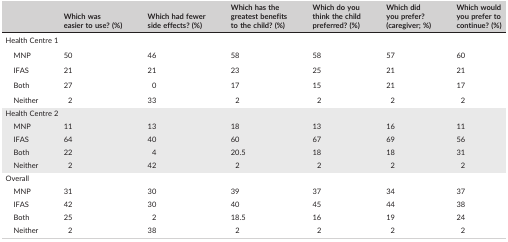
<table><thead><tr><td></td><td><b>Which was easier to use? (%)</b></td><td><b>Which had fewer side effects? (%)</b></td><td><b>Which has the greatest benefits to the child? (%)</b></td><td><b>Which do you think the child preferred? (%)</b></td><td><b>Which did you prefer? (caregiver; %)</b></td><td><b>Which would you prefer to continue? (%)</b></td></tr></thead><tbody><tr><td colspan="7">Health Centre 1</td></tr><tr><td>MNP</td><td>50</td><td>46</td><td>58</td><td>58</td><td>57</td><td>60</td></tr><tr><td>IFAS</td><td>21</td><td>21</td><td>23</td><td>25</td><td>21</td><td>21</td></tr><tr><td>Both</td><td>27</td><td>0</td><td>17</td><td>15</td><td>21</td><td>17</td></tr><tr><td>Neither</td><td>2</td><td>33</td><td>2</td><td>2</td><td>2</td><td>2</td></tr><tr><td colspan="7">Health Centre 2</td></tr><tr><td>MNP</td><td>11</td><td>13</td><td>18</td><td>13</td><td>16</td><td>11</td></tr><tr><td>IFAS</td><td>64</td><td>40</td><td>60</td><td>67</td><td>69</td><td>56</td></tr><tr><td>Both</td><td>22</td><td>4</td><td>20.5</td><td>18</td><td>18</td><td>31</td></tr><tr><td>Neither</td><td>2</td><td>42</td><td>2</td><td>2</td><td>2</td><td>2</td></tr><tr><td colspan="7">Overall</td></tr><tr><td>MNP</td><td>31</td><td>30</td><td>39</td><td>37</td><td>34</td><td>37</td></tr><tr><td>IFAS</td><td>42</td><td>30</td><td>40</td><td>45</td><td>44</td><td>38</td></tr><tr><td>Both</td><td>25</td><td>2</td><td>18.5</td><td>16</td><td>19</td><td>24</td></tr><tr><td>Neither</td><td>2</td><td>38</td><td>2</td><td>2</td><td>2</td><td>2</td></tr></tbody></table>